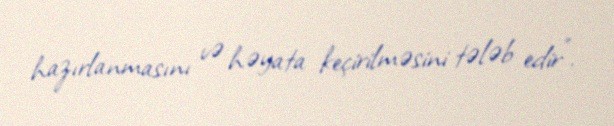
hazırlanmasını və həyata keçirilməsini tələb edir".